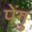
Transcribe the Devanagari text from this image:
पेंगु